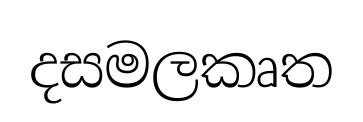
දසමලකෘත